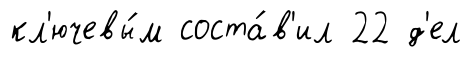
кл'ючевы́м соста́в'ил 22 д'ел